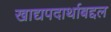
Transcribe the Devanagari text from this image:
खाद्यपदार्थाबद्दल